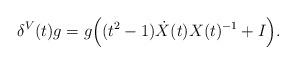
LaTeX: \begin{align*}\delta^V (t) g =g \Big((t^2 - 1) \dot X (t) X (t)^{-1} + I\Big).\end{align*}